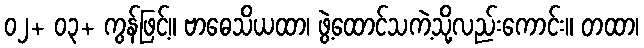
၀၂+ ၀၃+ ကွန်ဖြင့်။ ဗာဓေသိယထာ၊ ဖွဲ့ထောင်သကဲ့သို့လည်းကောင်း။ တထာ၊